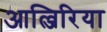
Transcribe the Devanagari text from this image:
आल्जिरिया